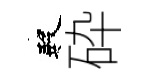
殿砕